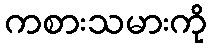
ကစားသမားကို